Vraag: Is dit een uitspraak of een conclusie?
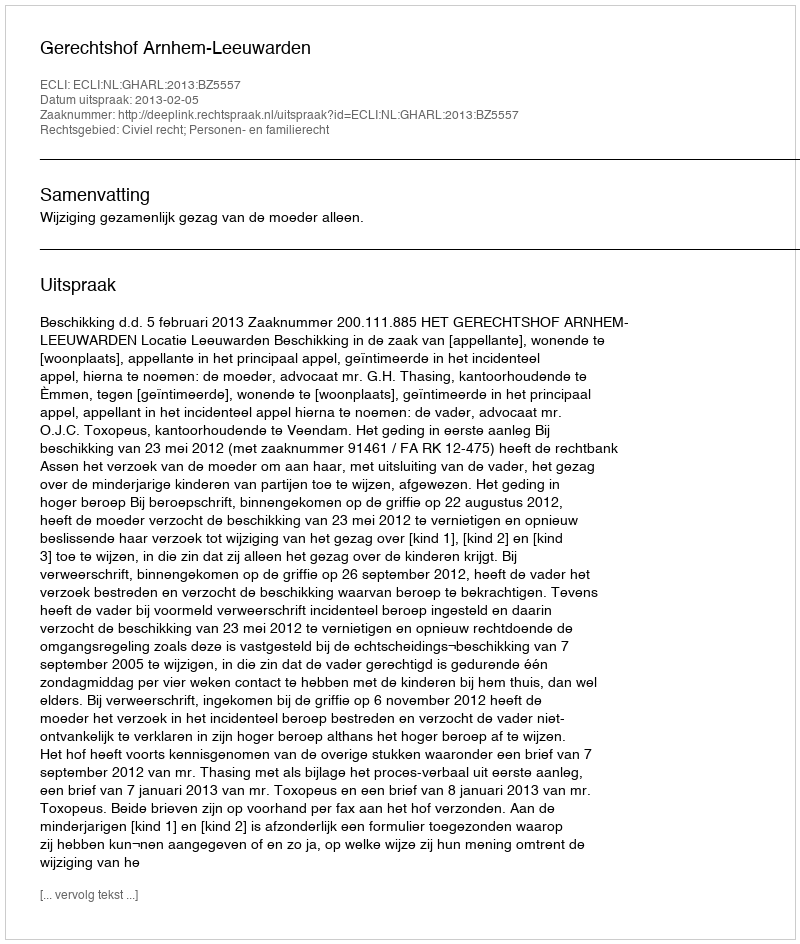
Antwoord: Uitspraak